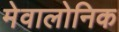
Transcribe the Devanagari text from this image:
मेवालोनिक